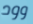
وود